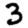
Digit: 3